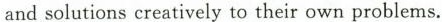
and solutions creatively to their own problems.